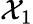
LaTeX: \mathcal{X}_{1}